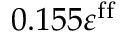
0 . 1 5 5 \varepsilon ^ { \mathrm { f f } }